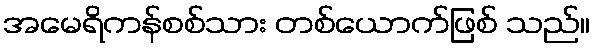
အမေရိကန်စစ်သား တစ်ယောက်ဖြစ် သည်။